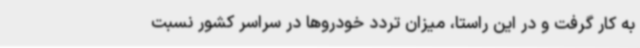
به کار گرفت و در این راستا، میزان تردد خودروها در سراسر کشور نسبت